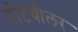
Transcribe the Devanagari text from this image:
रोटवीलर